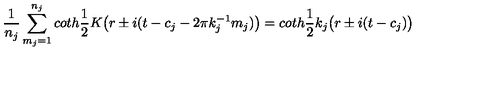
\frac { 1 } { n _ { j } } \sum _ { m _ { j } = 1 } ^ { n _ { j } } c o t h \frac { 1 } { 2 } K \bigl ( r \pm i ( t - c _ { j } - 2 \pi k _ { j } ^ { - 1 } m _ { j } ) \bigr ) = c o t h \frac { 1 } { 2 } k _ { j } \bigl ( r \pm i ( t - c _ { j } ) \bigr )